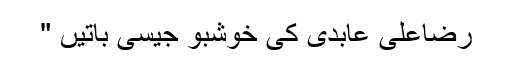
رضاعلی عابدی کی خوشبو جیسی باتیں "